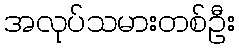
အလုပ်သမားတစ်ဦး